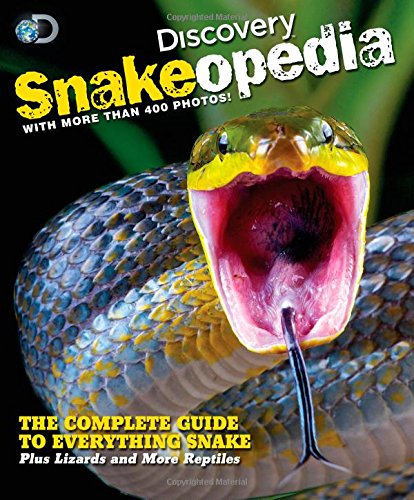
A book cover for Discovery Snakeopedia: The Complete Guide to Everything Snakes--Plus Lizards and More Reptiles; Discovery Channel; Children's Books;